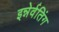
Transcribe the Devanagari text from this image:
इन्नेर्वतिंग